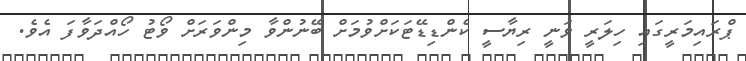
ޕްރައިމަރީގައި ހިލަރީ ވަނީ ރިޔާސީ ކެންޑިޑޭޓަކަށްވުމަށް ބޭނުންވާ މިންވަރަށް ވޯޓު ހޯއްދަވާފަ އެވެ.